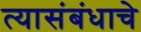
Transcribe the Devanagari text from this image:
त्यासंबंधाचे